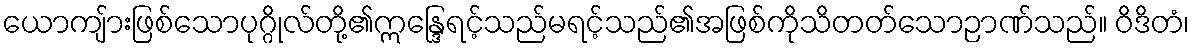
ယောကျ်ားဖြစ်သောပုဂ္ဂိုလ်တို့၏ဣန္ဒြေရင့်သည်မရင့်သည်၏အဖြစ်ကိုသိတတ်သောဉာဏ်သည်။ ဝိဒိတံ၊